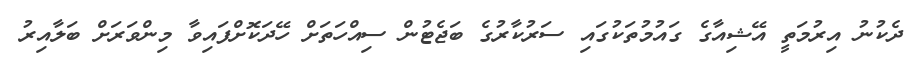
ދެކުނު އިރުމަތީ އޭޝިއާގެ ގައުމުތަކުގައި ސަރުކާރުގެ ބަޖެޓުން ސިއްހަތަށް ހޭދަކޮށްފައިވާ މިންވަރަށް ބަލާއިރު